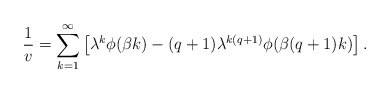
\begin{align*}\frac 1v=\sum_{k=1}^{\infty}\left[\lambda ^k\phi(\beta k)-(q+1)\lambda ^{k(q+1)}\phi(\beta (q+1)k)\right].\end{align*}